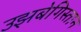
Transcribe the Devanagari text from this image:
उझबेगिस्तान